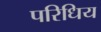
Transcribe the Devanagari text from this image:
परिधिय